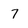
Character: 7